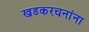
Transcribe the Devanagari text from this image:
खडकरचनांना